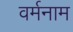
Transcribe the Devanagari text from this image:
वर्मनाम